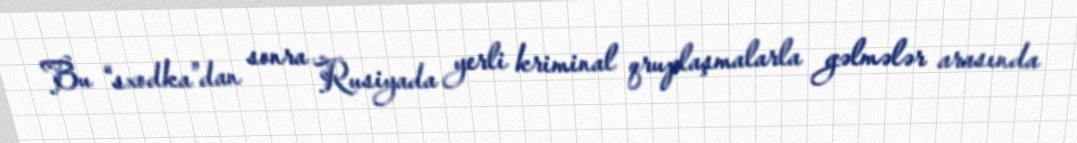
Bu “sxodka”dan sonra Rusiyada yerli kriminal qruplaşmalarla gəlmələr arasında